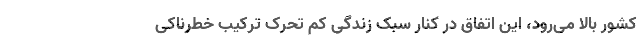
کشور بالا می‌رود، این اتفاق در کنار سبک زندگی کم تحرک ترکیب خطرناکی